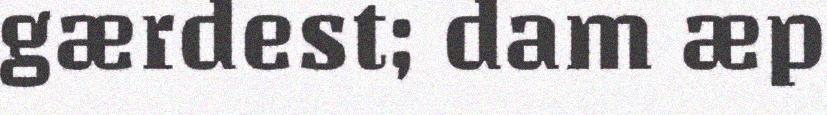
gærdest; dam æp